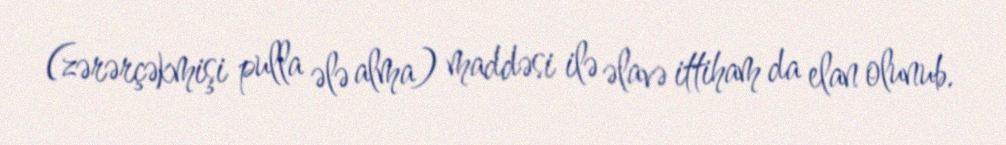
(zərərçəkmişi pulla ələ alma) maddəsi ilə əlavə ittiham da elan olunub.